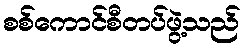
စစ်ကောင်စီတပ်ဖွဲ့သည်